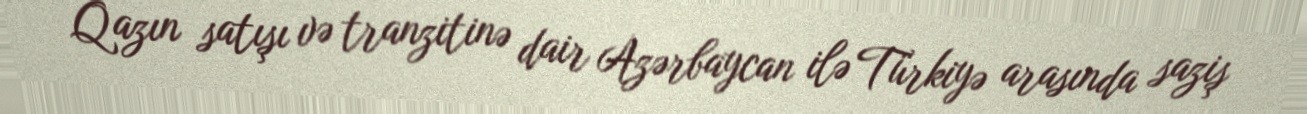
Qazın satışı və tranzitinə dair Azərbaycan ilə Türkiyə arasında saziş